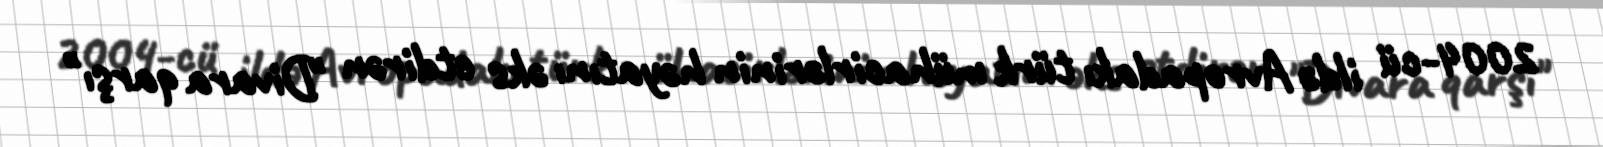
2004-cü ildə Avropadakı türk mühacirlərinin həyatını əks etdirən "Divara qarşı"